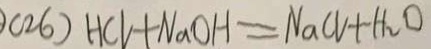
( 2 6 ) H C V + N a O H = N a C V + H _ { 2 } O